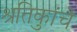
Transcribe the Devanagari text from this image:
श्रुतिकांचे